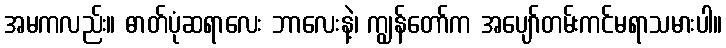
အမကလည်း။ ဓာတ်ပုံဆရာလေး ဘာလေးနဲ့၊ ကျွန်တော်က အပျော်တမ်းကင်မရာသမားပါ။